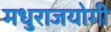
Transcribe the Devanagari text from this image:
मधुराजयोगी